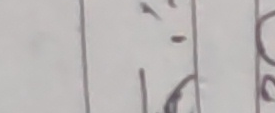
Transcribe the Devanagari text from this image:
१ ०